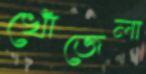
খোঁজেলা